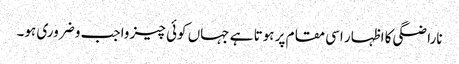
ناراضگی کا اظہار اسی مقام پر ہوتا ہے جہاں کوئی چیز واجب و ضروری ہو۔